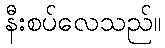
နီးစပ်လေသည်။